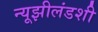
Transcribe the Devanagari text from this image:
न्यूझीलंडशी